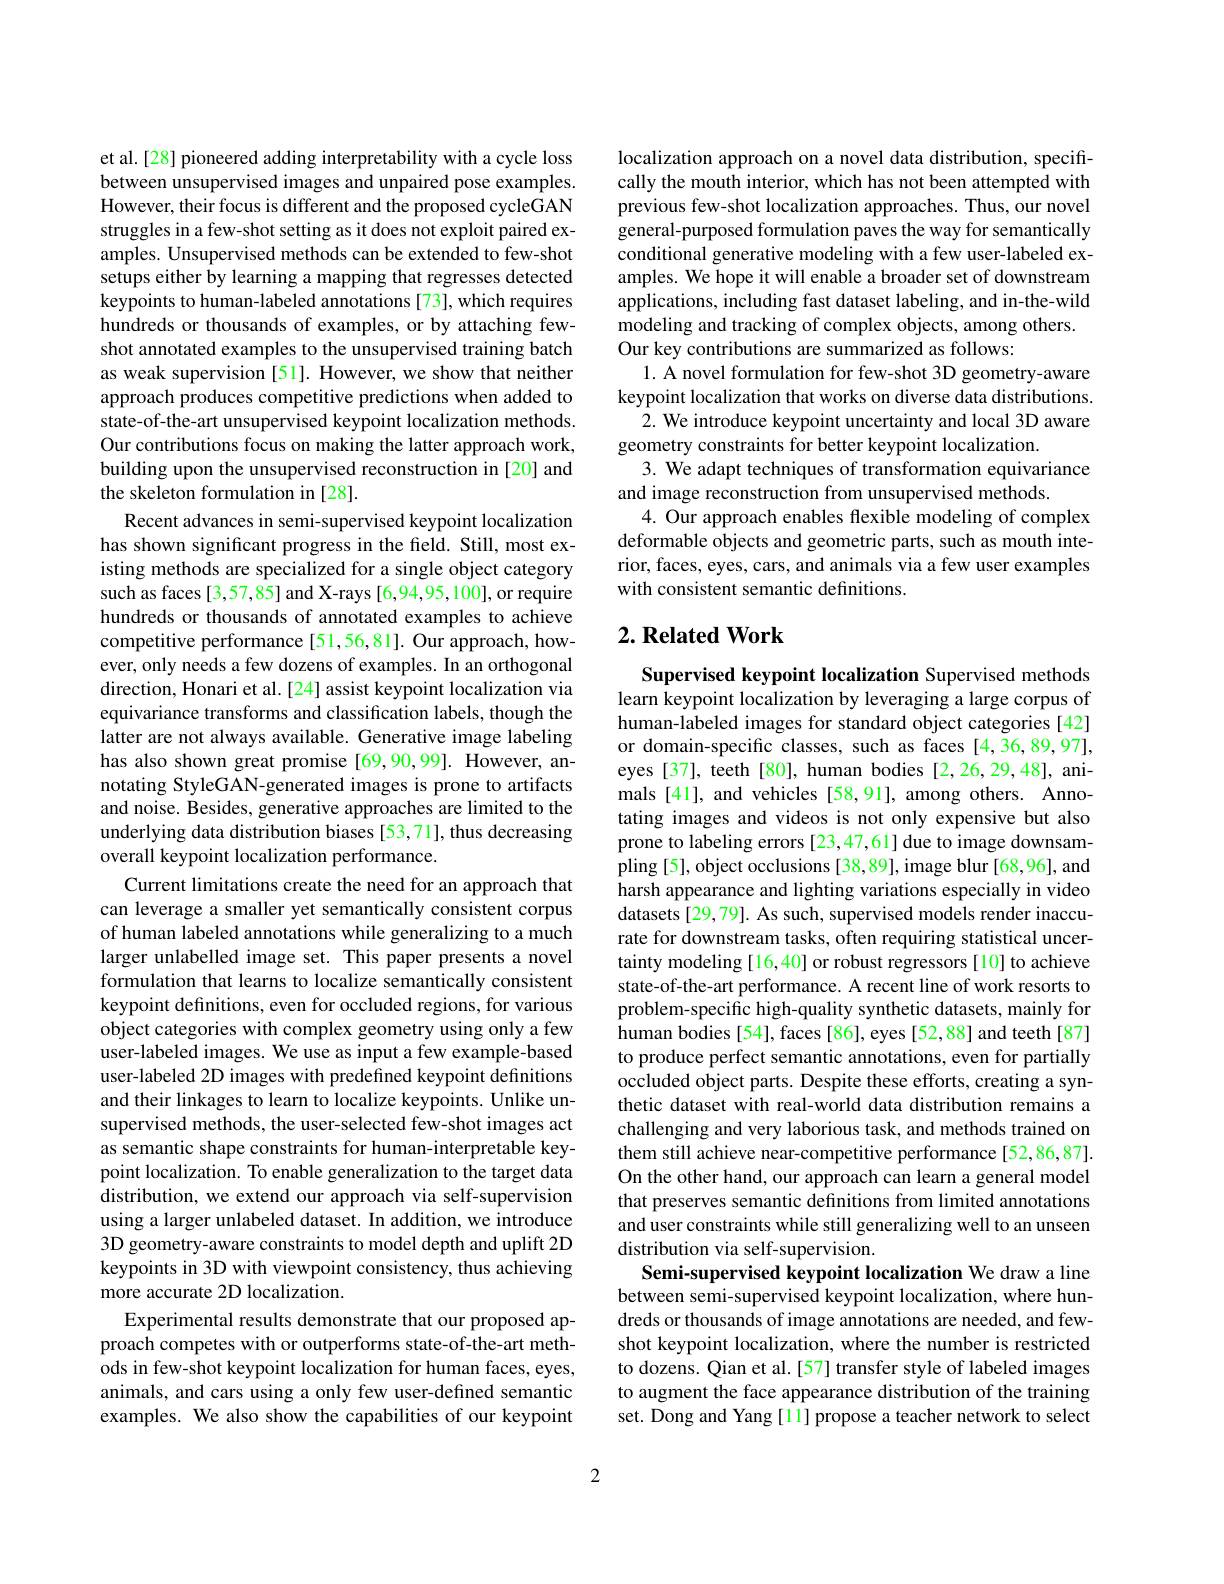
et al.[28] pioneered adding interpretability with a cycle loss between unsupervised images and unpaired pose examples. $\hat{\text{However, their focus is different and the proposed cycleGAN}}$ struggles in a few-shot setting as it does not exploit paired examples. Unsupervised methods can be extended to few-shot setups either by learning a mapping that regresses detected keypoints to human-labeled annotations [73], which requires hundreds or thousands of examples, or by attaching fewshot annotated examples to the unsupervised training batch as weak supervision [51]. However, we show that neither approach produces competitive predictions when added to state-of-the-art unsupervised keypoint localization methods. Our contributions focus on making the latter approach work, building upon the unsupervised reconstruction in [20] and the skeleton formulation in [28].
Recent advances in semi-supervised keypoint localization has shown significant progress in the feld. Still, most existing methods are specialized for a single object category such as faces[3,57,85] and X-rays [6,94,95,100], or require hundreds or thousands of annotated examples to achieve competitive performance[51,56,81]. Our approach, however, only needs a few dozens of examples. In an orthogonal direction, Honari et al.[24] assist keypoint localization via equivariance transforms and classification labels, though the latter are not always available. Generative image labeling has also shown great promise [69,90,99]. However, annotating StyleGAN-generated images is prone to artifacts and noise. Besides, generative approaches are limited to the underlying data distribution biases [53,71], thus decreasing overall keypoint localization performance.
Current limitations create the need for an approach that can leverage a smaller yet semantically consistent corpus of human labeled annotations while generalizing to a much larger unlabelled image set. This paper presents a novel formulation that learns to localize semantically consistent keypoint definitions, even for occluded regions, for various object categories with complex geometry using only a few user-labeled images. We use as input a few example-based user-labeled 2D images with predefined keypoint definitions and their linkages to learn to localize keypoints. Unlike unsupervised methods, the user-selected few-shot images act as semantic shape constraints for human-interpretable keypoint localization. To enable generalization to the target data distribution, we extend our approach via self-supervision using a larger unlabeled dataset. In addition, we introduce 3D geometry-aware constraints to model depth and uplift 2D keypoints in 3D with viewpoint consistency, thus achieving more accurate 2D localization.
Experimental results demonstrate that our proposed approach competes with or outperforms state-of-the-art methods in few-shot keypoint localization for human faces, eyes, animals, and cars using a only few user-defined semantic examples. We also show the capabilities of our keypoint

localization approach on a novel data distribution, specifically the mouth interior, which has not been attempted with previous few-shot localization approaches. Thus, our novel general-purposed formulation paves the way for semantically conditional generative modeling with a few user-labeled examples. We hope it will enable a broader set of downstream applications, including fast dataset labeling, and in-the-wild modeling and tracking of complex objects, among others. Our key contributions are summarized as follows:
1. A novel formulation for few-shot 3D geometry-aware keypoint localization that works on diverse data distributions.
2. We introduce keypoint uncertainty and local 3D aware
geometry constraints for better keypoint localization.
3. We adapt techniques of transformation equivariance
and image reconstruction from unsupervised methods
4. Our approach enables flexible modeling of complex deformable objects and geometric parts, such as mouth interior, faces, eyes, cars, and animals via a few user examples with consistent semantic definitions.

## $2. \textbf{ Related Work}$

Supervised keypoint localization Supervised methods learn keypoint localization by leveraging a large corpus of human-labeled images for standard object categories [42] or domain-specific classes, such as faces [4,36,89,97], eyes[37], teeth[80], human bodies[2,26,29,48], animals [41], and vehicles [58,91], among others. Annotating images and videos is not only expensive but also prone to labeling errors [23,47,61]due to image downsampling [5], object occlusions [38,89], image blur [68,96], and harsh appearance and lighting variations especially in video datasets [29,79]. As such, supervised models render inaccurate for downstream tasks, often requiring statistical uncertainty modeling[16,40] or robust regressors[10] to achieve state-of-the-art performance. A recent line of work resorts to problem-specific high-quality synthetic datasets, mainly for human bodies [54], faces [86], eyes [52,88] and teeth [87] to produce perfect semantic annotations, even for partially occluded object parts. Despite these efforts, creating a synthetic dataset with real-world data distribution remains a challenging and very laborious task, and methods trained on them still achieve near-competitive performance[52,86,87]. On the other hand, our approach can learn a general model that preserves semantic definitions from limited annotations and user constraints while still generalizing well to an unseen distribution via self-supervision.
Semi-supervised keypoint localization We draw a line between semi-supervised keypoint localization, where hundreds or thousands of image annotations are needed, and fewshot keypoint localization, where the number is restricted to dozens. Qian et al. [57] transfer style of labeled images to augment the face appearance distribution of the training set. Dong and Yang [11] propose a teacher network to select

2